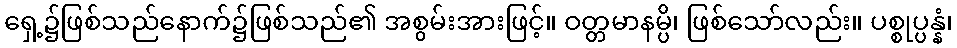
ရှေ့၌ဖြစ်သည်နောက်၌ဖြစ်သည်၏ အစွမ်းအားဖြင့်။ ဝတ္တမာနမ္ပိ၊ ဖြစ်သော်လည်း။ ပစ္စုပ္ပန္နံ၊